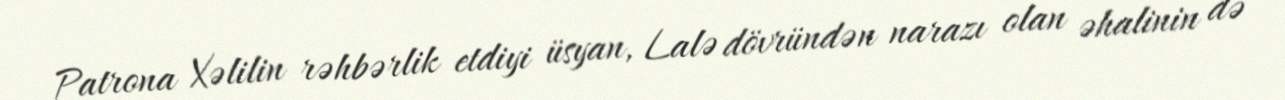
Patrona Xəlilin rəhbərlik etdiyi üsyan, Lalə dövründən narazı olan əhalinin də